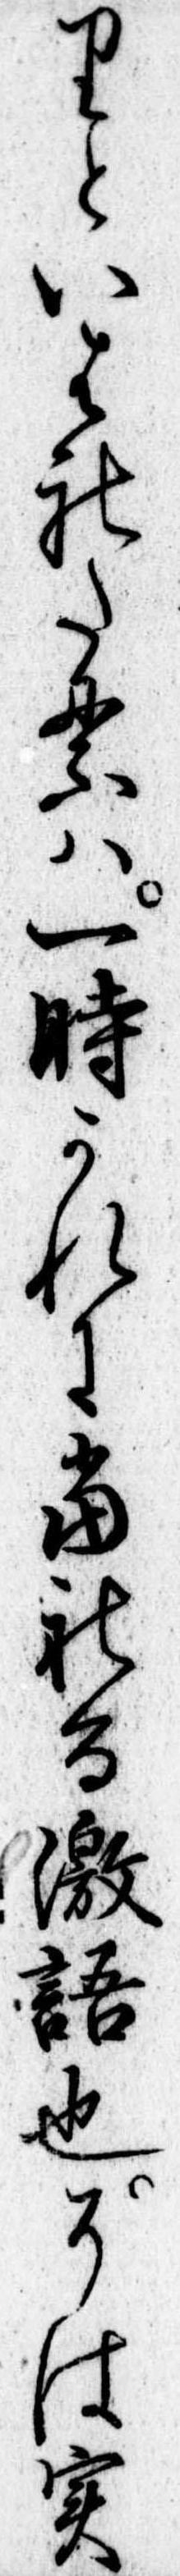
りといはれたるは一時かれに当れる激語也そは実